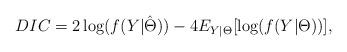
LaTeX: \begin{align*}DIC=2 \log(f(Y|\hat{\Theta}))-4E_{Y|\Theta}[\log(f(Y|\Theta))],\end{align*}